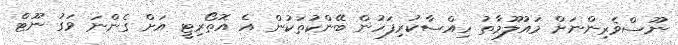
ނޫސްވެރިންނަށް މައުލޫމާތު ހިއްސާކުރިފަހުން ބޭންކުތަކުން އެ އޮތޯރިޓީ އަށް ގެންނަ ވަގު ނޫޓް